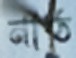
নাঠ